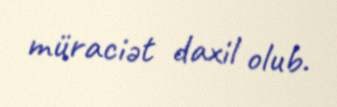
müraciət daxil olub.